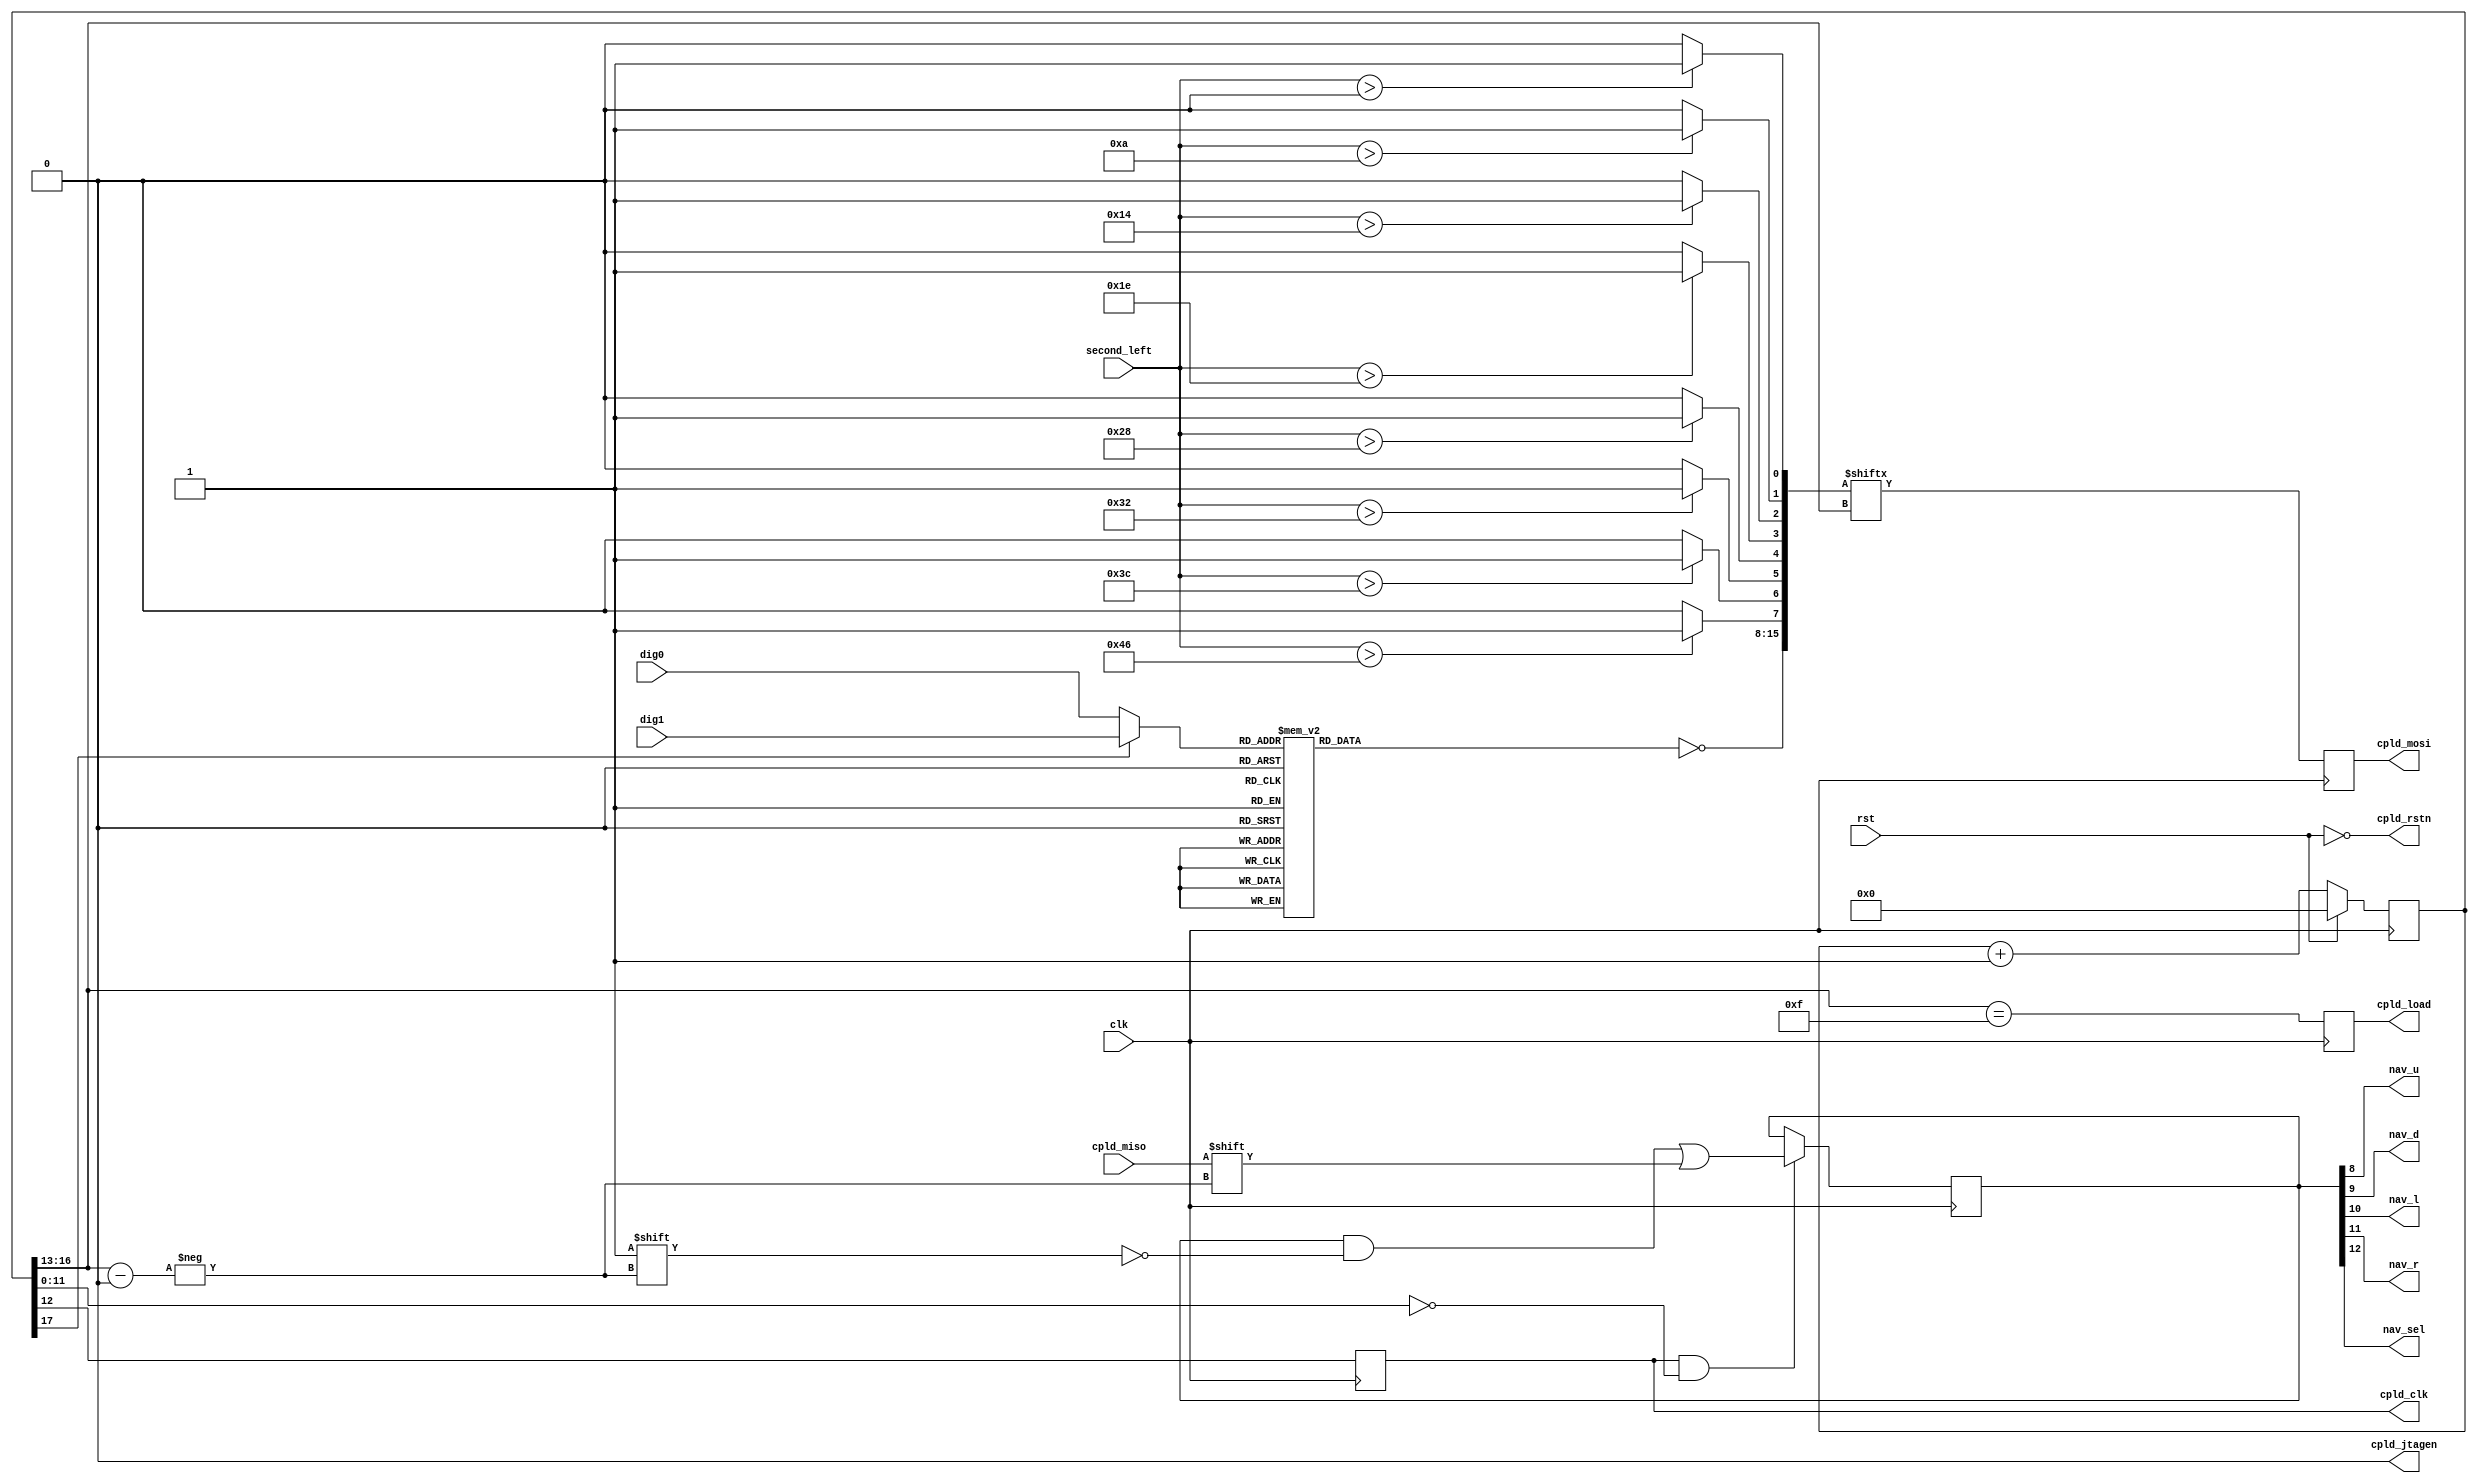
module input_controller(
	input clk,
	input rst,

 	input cpld_miso,
	input [6:0] second_left,
	input [3:0] dig0,
	input [3:0] dig1,

	output reg cpld_mosi,
 	output reg cpld_clk,
 	output reg cpld_load,
 	output cpld_jtagen,
	output cpld_rstn,
 	output nav_u,
 	output nav_d,
 	output nav_l,
 	output nav_r,
 	output nav_sel

    );

	assign cpld_jtagen = 1'b0;

	wire [7:0] led;

	//Htralvo ido fggvnyben mukdnek a ledek
	assign led[0] = second_left > 0 ? 1'b1 : 1'b0;
	assign led[1] = second_left > 10 ? 1'b1 : 1'b0;
	assign led[2] = second_left > 20 ? 1'b1 : 1'b0;
	assign led[3] = second_left > 30 ? 1'b1 : 1'b0;
	assign led[4] = second_left > 40 ? 1'b1 : 1'b0;
	assign led[5] = second_left > 50 ? 1'b1 : 1'b0;
	assign led[6] = second_left > 60 ? 1'b1 : 1'b0;
	assign led[7] = second_left > 70 ? 1'b1 : 1'b0;

	reg [17:0] cntr = 1'b0;
	reg [15:0] outputs = 1'b0;

	always @ (posedge clk)
		if (rst)
			cntr <= 1'b0;
		else
			cntr <= cntr + 1'b1;

	always @ (posedge clk)	begin
		cpld_clk <= cntr[12];
		cpld_load <= (cntr[16:13] == 15);
		cpld_mosi <= mux_out;
		if(cpld_clk == 1 & cntr[11:0] == 0)
			outputs[cntr[16:13]] <= cpld_miso;
	end

	assign cpld_rstn = ~rst;
	assign nav_u = outputs[8];
	assign nav_d = outputs[9];
	assign nav_l = outputs[10];
	assign nav_r = outputs[11];
	assign nav_sel = outputs[12];

	reg [7:0] seg_dec;
	wire [3:0] dig_mux;
	assign dig_mux = (cntr[17]) ? dig1: dig0;
	always @(*)
    	case (dig_mux)
	      	4'b0001 : seg_dec = 8'b11111001;   // 1
	      	4'b0010 : seg_dec = 8'b10100100;   // 2
	      	4'b0011 : seg_dec = 8'b10110000;   // 3
	      	4'b0100 : seg_dec = 8'b10011001;   // 4
	      	4'b0101 : seg_dec = 8'b10010010;   // 5
	      	4'b0110 : seg_dec = 8'b10000010;   // 6
	      	4'b0111 : seg_dec = 8'b11111000;   // 7
	      	4'b1000 : seg_dec = 8'b10000000;   // 8
	      	4'b1001 : seg_dec = 8'b10010000;   // 9
	      	4'b1010 : seg_dec = 8'b10001000;   // A
	      	4'b1011 : seg_dec = 8'b10000011;   // b
	      	4'b1100 : seg_dec = 8'b11000110;   // C
	      	4'b1101 : seg_dec = 8'b10100001;   // d
	      	4'b1110 : seg_dec = 8'b10000110;   // E
	      	4'b1111 : seg_dec = 8'b10001110;   // F
	      	default : seg_dec = 8'b11000000;   // 0
      endcase

	wire [15:0] mux_in;
	wire mux_out;
	assign mux_in = {~seg_dec, led};
	assign mux_out = mux_in[cntr[16:13]];

endmodule